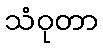
သံဝုတာ